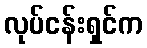
လုပ်ငန်းရှင်က